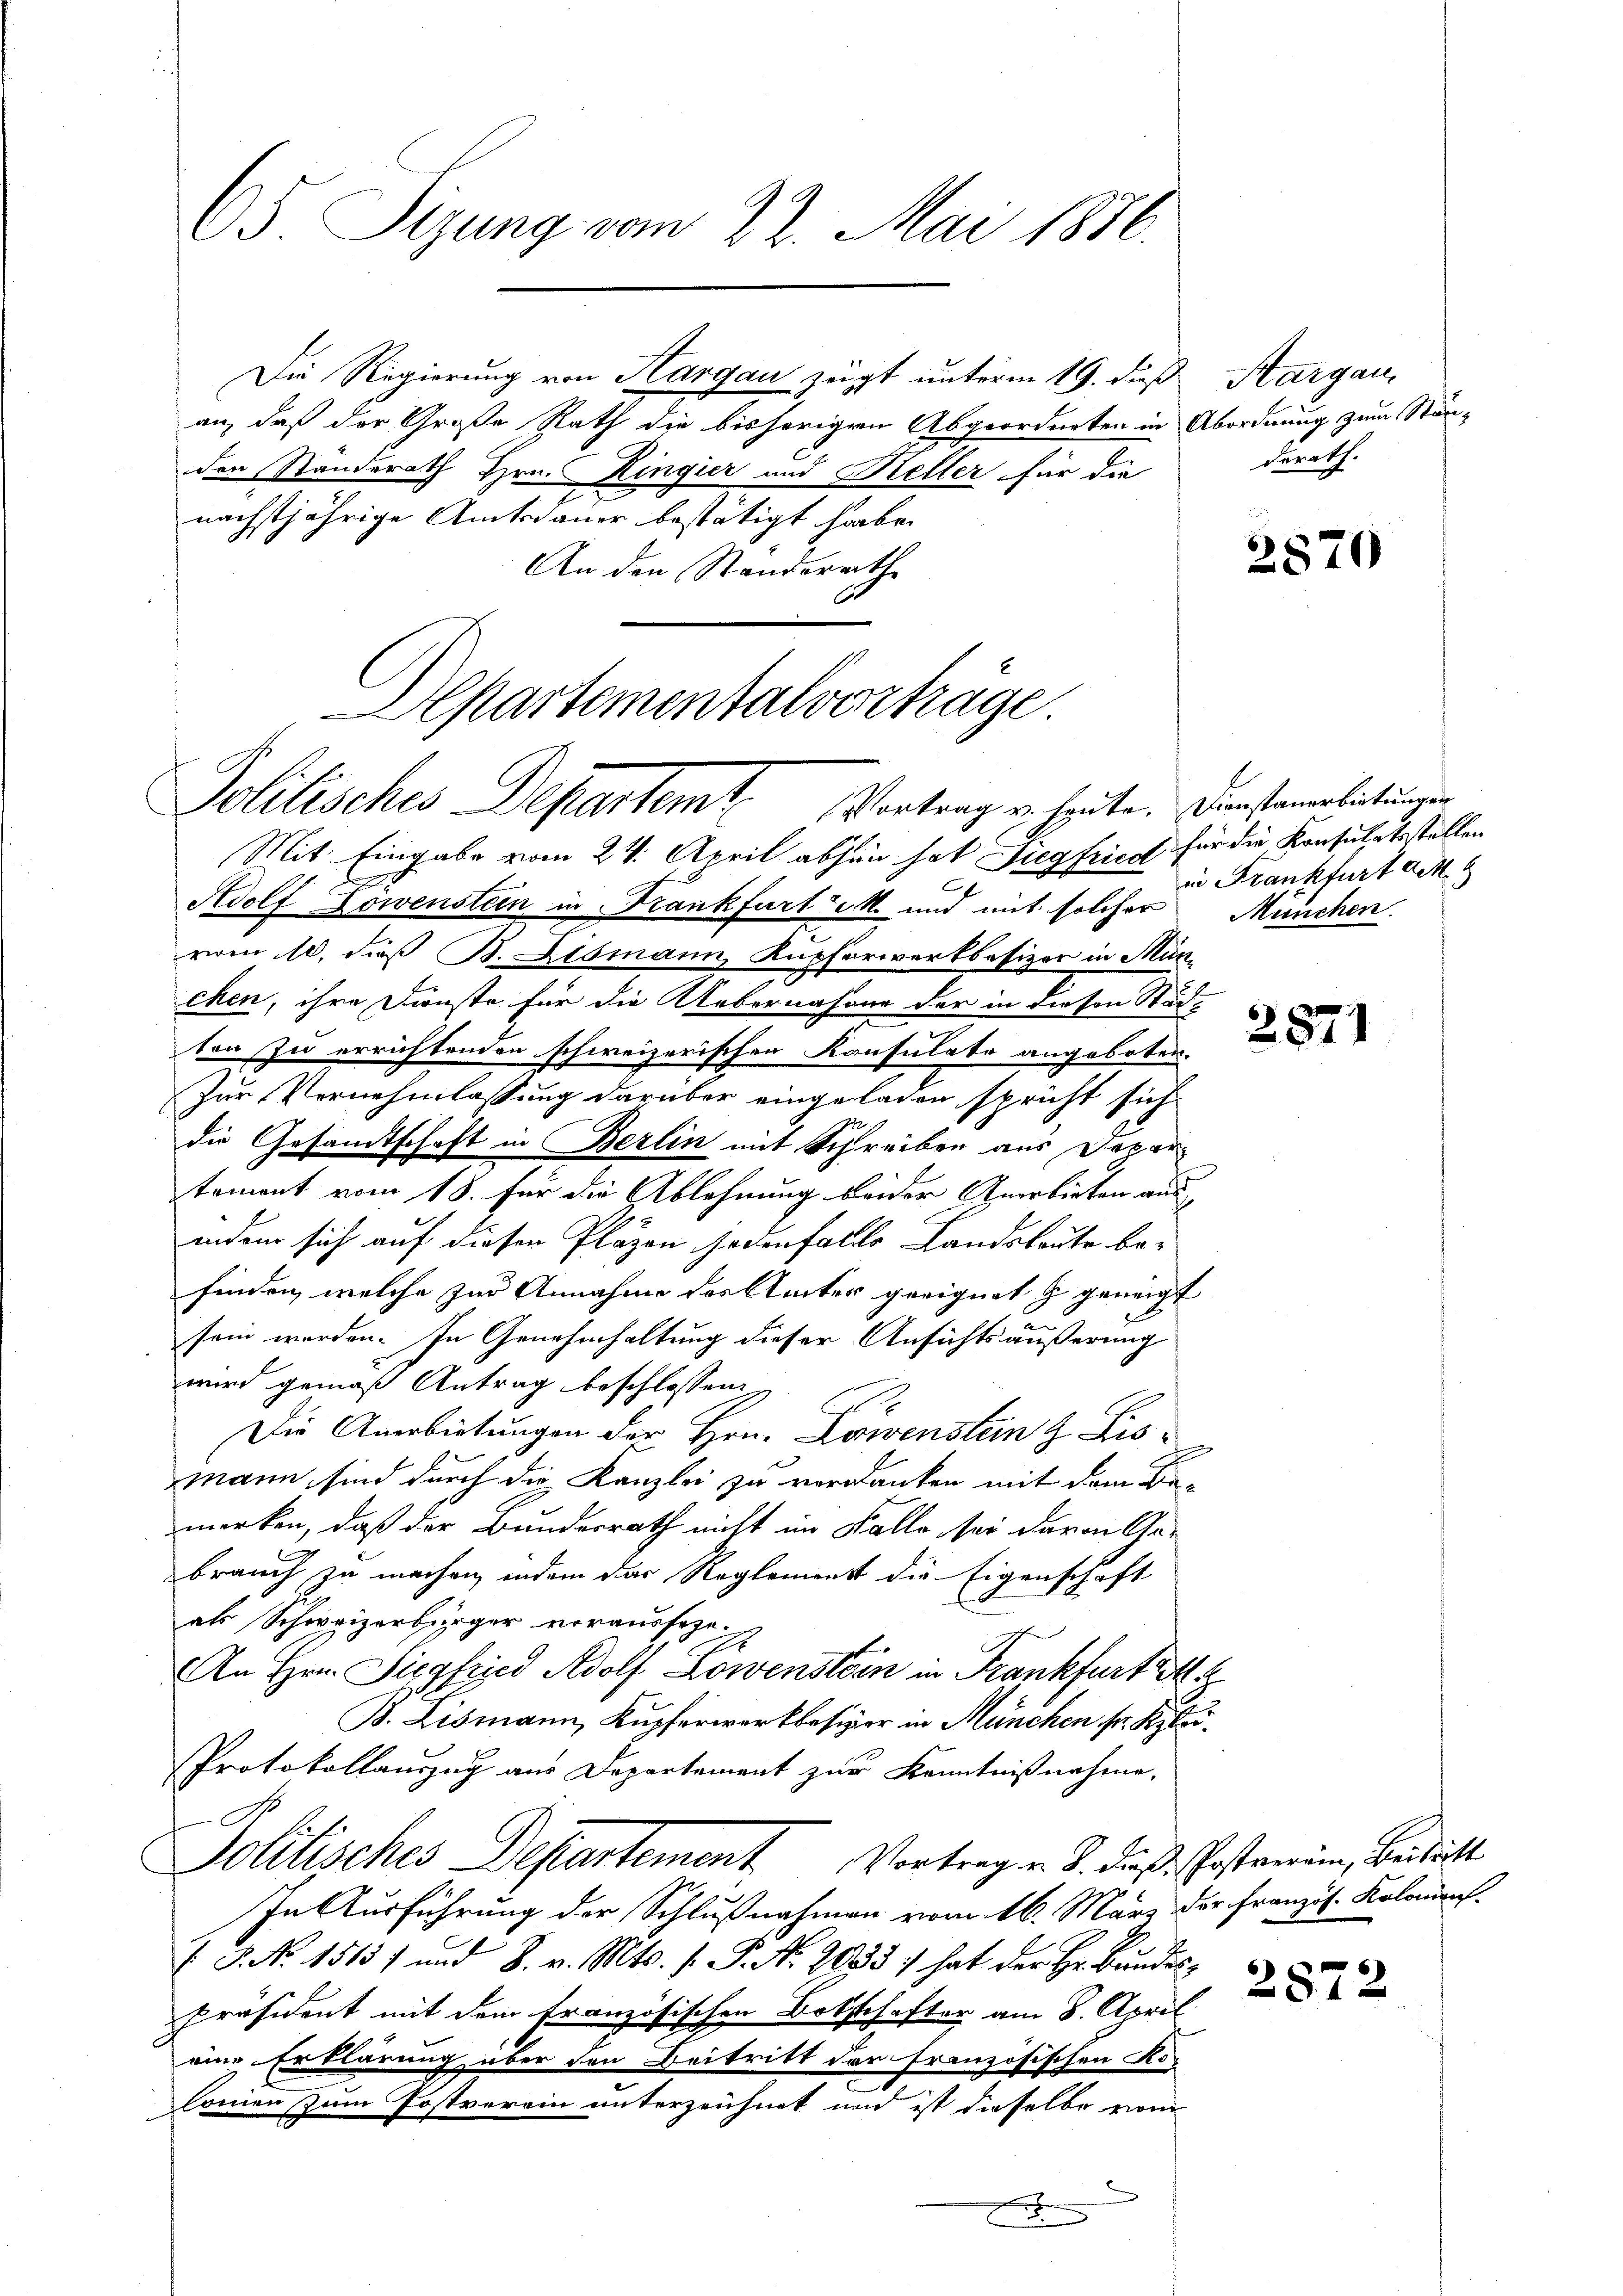
25. Sizung vom 22. Mai 1876.

an, daß der Große Rath die bisherigen Abgeordneten in
den Standerath Hrn. Ringier und Keller für die
nächstjährige Amtsdauer bestätigt habe.
An den Standsrathe

Apartementalvortrage.
Politisches Departemt. Vortrag verleute. Dienstammeleitung

Die Regierung von Hargau zeigt unterm 19. dieß Margau,

Mit Eingabe vom 24. April abhin hat Siegfried für die Konsulats stellen
Adolf Lowenstein in Frankfurt d. M. und mit solcher München.
vom 10. daß B. Bismann, Kupferwerkbesizer in Mün-
chen, ihre Dienste für die Uebernahmer der in diesen Städ-
ton zu errichtenden schweizerischen Konsulate angeboten.
Zur Vernehmlassung darüber eingeladen spricht sich
die Gesamtschaft in Berlin mit Schreiben aus Departemont vom 18. Für die Ablehnung beider Anerbieten aus
indem sich auf diesen Pläzen jedenfalle Landsleute befinden, welche zur Annahme des Amtes geeignet & geneigt
sein werden. In Genehmhaltung dieser Ansichtsäußerung
wird gemäß Antrag beschlossen:
Die Anerbietungen der Hrn. Löwenstein Lismann sind durch die Kanzlei zu verdanken mit dem Bemerken, daß der Bunderrath nicht im Falle sei davon Gebrauch zu machen, indem das Reglement die Eigenschaft
als Schweizerbürger vorausser.
An Hrn. Siegfried Adolf Löwenstein in Frankfurt M.
B. Lismann, Kupferwerkbesizer in München sr. Klei¬
Protokollauszug aus Departement zur Kenntnißnahme.
Politisches Departement Vortrag v. 8. Fuß. Gestaerein, Beitritt
In Ausführung der Schlußnahmen vom 16. März der Französ. Kolomenst
 P. Nr. 15137 und 8. v. Mts. f. P. Nr. 2035) hat der Hr. Bundes¬
Präsident mit dem französischen Ortschafter am 8. April
eine Erklärung über den Beitritt der französischen Re-
Conien zum Postverein unterzeichnet und ist dieselbe vom
x
x

Abordnung zum Standerath.

2870

in Frankfurt art. 8

2871

2872